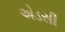
એડસી